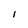
Character: I